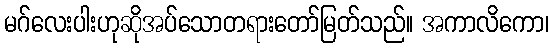
မဂ်လေးပါးဟုဆိုအပ်သောတရားတော်မြတ်သည်။ အကာလိကော၊